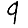
Digit: 9